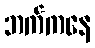
ဘက်ကနေ